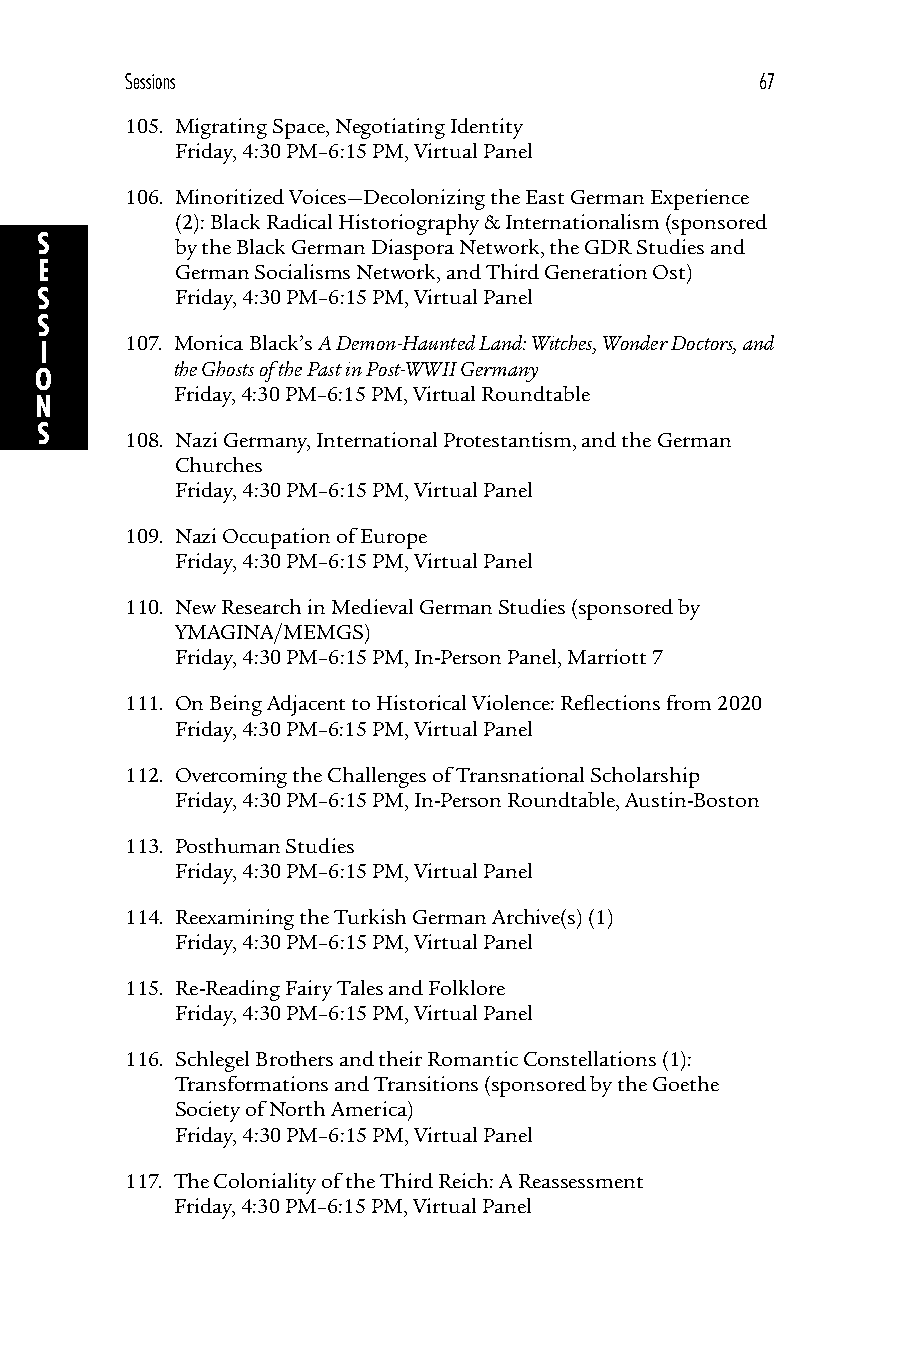
Sessions                                  67
 105. Migrating Space, Negotiating Identity
 Friday, 4:30 PM–6:15 PM, Virtual Panel
 106. Minoritized Voices—Decolonizing the East German Experience
 (2): Black Radical Historiography & Internationalism (sponsored
 S         by the Black German Diaspora Network, the GDR Studies and
 E        German Socialisms Network, and Third Generation Ost)
 S         Friday, 4:30 PM–6:15 PM, Virtual Panel
 S
 107. Monica Black’s A Demon-Haunted Land: Witches, Wonder Doctors, and
 I
 the Ghosts of the Past in Post-WWII Germany
 O
 Friday, 4:30 PM–6:15 PM, Virtual Roundtable
 N
 S
 108. Nazi Germany, International Protestantism, and the German
 Churches
 Friday, 4:30 PM–6:15 PM, Virtual Panel
 109. Nazi Occupation of Europe
 Friday, 4:30 PM–6:15 PM, Virtual Panel
 110. New Research in Medieval German Studies (sponsored by
 YMAGINA/MEMGS)
 Friday, 4:30 PM–6:15 PM, In-Person Panel, Marriott 7
 111. On Being Adjacent to Historical Violence: Reflections from 2020
 Friday, 4:30 PM–6:15 PM, Virtual Panel
 112. Overcoming the Challenges of Transnational Scholarship
 Friday, 4:30 PM–6:15 PM, In-Person Roundtable, Austin-Boston
 113. Posthuman Studies
 Friday, 4:30 PM–6:15 PM, Virtual Panel
 114. Reexamining the Turkish German Archive(s) (1)
 Friday, 4:30 PM–6:15 PM, Virtual Panel
 115. Re-Reading Fairy Tales and Folklore
 Friday, 4:30 PM–6:15 PM, Virtual Panel
 116. Schlegel Brothers and their Romantic Constellations (1):
 Transformations and Transitions (sponsored by the Goethe
 Society of North America)
 Friday, 4:30 PM–6:15 PM, Virtual Panel
 117. The Coloniality of the Third Reich: A Reassessment
 Friday, 4:30 PM–6:15 PM, Virtual Panel